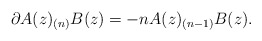
\begin{align*}\partial A(z)_{(n)}B(z) = -n A(z)_{(n-1)}B(z).\end{align*}